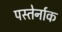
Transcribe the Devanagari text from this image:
पस्तेर्नाक